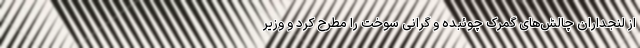
از لنجداران چالش‌های گمرک چوئبده و گرانی سوخت را مطرح کرد و وزیر